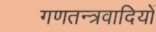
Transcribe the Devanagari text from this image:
गणतन्त्रवादियों